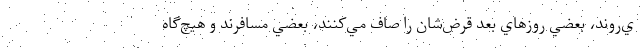
ي‌روند، بعضي روزهاي بعد قرض‌شان را صاف مي‌كنند، بعضي مسافرند و هيچ‌گاه